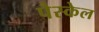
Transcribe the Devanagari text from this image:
पैस्केल